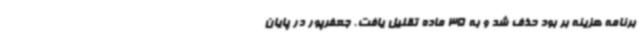
برنامه هزینه بر بود حذف شد و به 35 ماده تقلیل یافت. جعفرپور در پایان